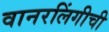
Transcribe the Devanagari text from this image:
वानरलिंगीची